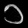
Digit: ၁